Report of the Indian Hemp Drugs Commission, 1894-1895 - Volume VII
Year: 1894
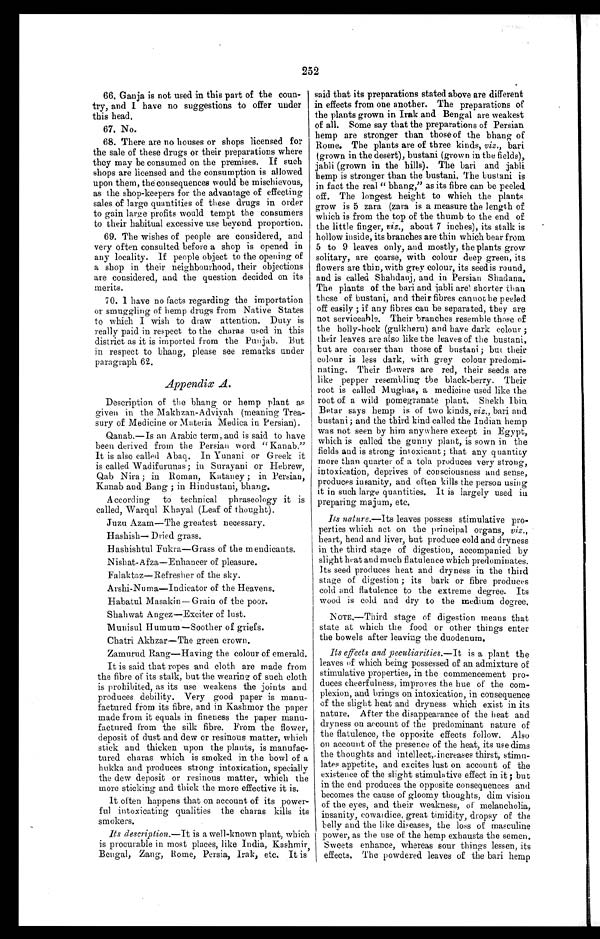
252
66. Ganja is not used in this part of the coun-
try, and I have no suggestions to offer under
this head.
67. No.
68. There are no houses or shops licensed for
the sale of these drugs or their preparations where
they may be consumed on the premises. If such
shops are licensed and the consumption is allowed
upon them, the consequences would be mischievous,
as the shop-keepers for the advantage of effecting
sales of large quantities of these drugs in order
to gain large profits would tempt the consumers
to their habitual excessive use beyond proportion.
69. The wishes of people are considered, and
very often consulted before a shop is opened in
any locality. If people object to the opening of
a shop in their neighbourhood, their objections
are considered, and the question decided on its
merits.
70. I have no facts regarding the importation
or smuggling of hemp drugs from Native States
to which I wish to draw attention. Duty is
really paid in respect to the charas used in this
district as it is imported from the Punjab. But
in respect to bhang, please see remarks under
paragraph 62.
Appendix A.
Description of the bhang or hemp plant as
given in the Makhzan-Adviyah (meaning Trea-
sury of Medicine or Materia Medica,. in Persian).
Qanab.—Is an Arabic term, and is said to have
been derived from the Persian word "Kanab."
It is also called Abaq. In Yunani or Greek it
is called Wadifurunas ; in Surayani or Hebrew,
Qab Nira ; in Roman, Kataney ; in Persian,
Kanab and Bang ; in Hindustani, bhang,
According to technical phraseology it is
called, Warqul Khayal (Leaf of thought).
Juzu Azam—The greatest necessary.
Hashish—Dried grass.
Hashishtul Fukra—Grass of the m endicants.
Nishat-Afza—Enhancer of pleasure.
Falaktaz—Refresher of the sky.
Arshi-Numa—Indicator of the Heavens
.
Habatul Masakin—Grain of the poor.
Shahwat Angez—Exciter of lust.
Munisul Humum—Soother of griefs.
Chatri Akhzar—The green crown.
Zamurud Rang—Having the colour of emerald.
It is said that ropes and cloth are made from
the fibre of its stalk, but the wearing of such cloth
is prohibited, as its use weakens the joints and
produces debility. Very good paper is manu-
factured from its fibre, and in Kashmor the paper
made from it equals in fineness the paper manu-
factured from the silk fibre. From the flower,
deposit of dust and dew or resinous matter, which
stick and thicken upon the plants, is manufac-
tured charas which is smoked in the bowl of a
hukka and produces strong intoxication, specially
the dew deposit or resinous matter, which the
more sticking and thick the more effective it is.
It often happens that on account of its power-
ful intoxicating qualities the charas kills its
smokers.
Its description .—It is a well-known plant, which
is procurable in most places, like India, Kashmir
Bengal, Zang, Rome, Persia, Irak, etc. It is
said that its preparations stated above are different
in effects from one another. The preparations of
the plants grown in Irak and Bengal are weakest
of all. Some say that the preparations of Persian
hemp are stronger than those of the bhang of
Rome. The plants are of three kinds, viz., bari
(grown in the desert), bustani (grown in the fields),
jabli (grown in the hills). The bari and jabli
hemp is stronger than the bustani. The bustani is
in fact the real " bhang," as its fibre can be peeled
off. The longest height to which the plants
grow is 5 zara (zara is a measure the length of
which is from the top of the thumb to the end of
the little finger, viz., about 7 inches), its stalk is
hollow inside, its branches are thin which bear from
5 to 9 leaves only, and mostly, the plants grow
solitary, are coarse, with colour deep green, its
flowers are thin, with grey colour, its seedis round,
and is called Shandauj, and in Persian Shadana.
The plants of the bari and jabli are shorter than
those of bustani, and their fibres cannot be peeled
off easily ; if any fibres can be separated, they are
not serviceable. Their branches resemble those of
the holly-hock (gulkheru) and have dark colour ;
their leaves are also like the leaves of the bustani,
but are coarser than those of bustani ; but their
colour is less dark, with grey colour predomi-
nating. Their flowers are red, their seeds are
like pepper resembling the black-berry. Their
root is called Mughas, a medicine used like the
root of a wild pomegranate plant. Shekh
Ibin Betar says hemp is of two kinds, viz., bari and
bustani ; and the third kind called the Indian hemp
was not seen by him anywhere except in Egypt,
which is called the gunny plant, is sown in the
fields and is strong intoxicant ; that any quantity
more than quarter of a tola produces very strong,
intoxication, deprives of consciousness and sense,
produces insanity, and often kills the person using
it in such large quantities. It is largely used in
preparing majum, etc.
Its nature .—Its leaves possess stimulative pro-
perties which act on the principal organs, viz.,
heart, head and liver, but produce cold and dryness
in the third stage of digestion, accompanied by
slight heat and much flatulence which predominates.
Its seed produces heat and dryness in the third
stage of digestion ; its bark or fibre produces
cold and flatulence to the extreme degree. Its
wood is cold and dry to the medium degree,
NOTE.—Third stage of digestion means that
state at which the food or other things enter
the bowels after leaving the duodenum.
Its effects and peculiarities .—It is a plant the
leaves of which being possessed of an admixture of
stimulative properties, in the commencement pro-
duces cheerfulness, improves the hue of the com-
plexion, and brings on intoxication, in consequence
of the slight heat and dryness which exist in its
nature. After the disappearance of the heat and
dryness on account of the predominant nature of
the flatulence, the opposite effects follow. Also
on account of the presence of the heat, its use dims
the thoughts and intellect, increases thirst, stimu-
lates appetite, and excites lust on account of the
existence of the slight stimulative effect in it ; but
in the end produces the opposite consequences and
becomes the cause of gloomy thoughts, dim vision
of the eyes, and their weakness, of melancholia,
insanity, cowardice, great timidity, dropsy of the
belly and the like diseases, the loss of masculine
power, as the use of the hemp exhausts the semen.
Sweets enhance, whereas sour things lessen, its
effects, The powdered leaves of the bari hemp